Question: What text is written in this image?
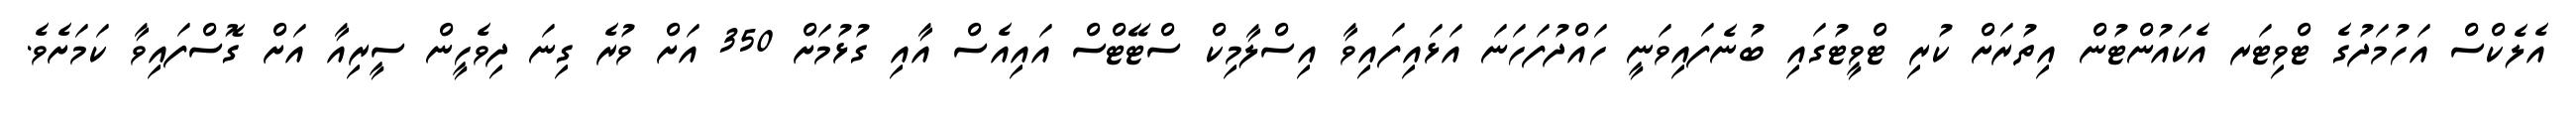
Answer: އެލެކްސް އަހުމަދުގެ ޓްވިޓަރ އެކައުންޓުން އިތުރަށް ކުރި ޓްވީޓުގައި ބުނެފައިވަނީ ހައްދުފަހަނަ އަޅައިފައިވާ އިސްލާމިކް ސްޓޭޓްސް އައިއެސް އާއި ގުޅުމަށް 350 އަށް ވުރެ ގިނަ ދިވެހީން ސީރިއާ އަށް ގޮސްފައިވާ ކަމަށެވެ.